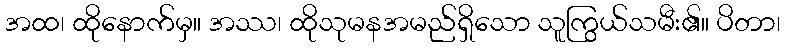
အထ၊ ထိုနောက်မှ။ အဿ၊ ထိုသုမနအမည်ရှိသော သူကြွယ်သမီး၏။ ပိတာ၊